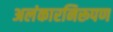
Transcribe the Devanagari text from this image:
अलंकारनिरूपण